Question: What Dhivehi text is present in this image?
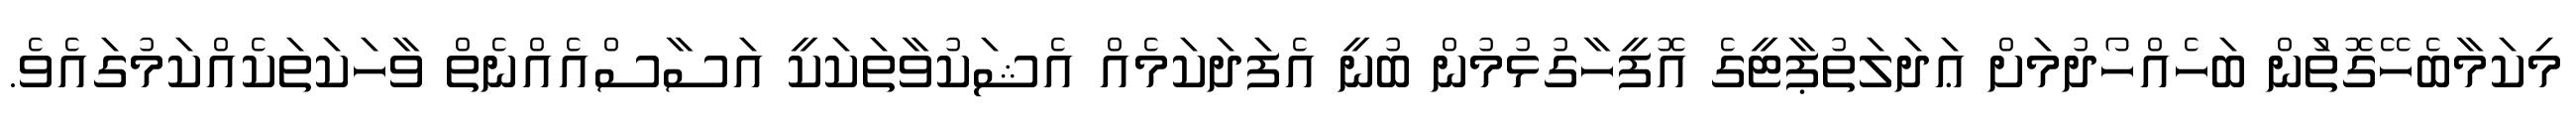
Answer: މިކަމާބެހޭގޮތަުން ބަހެއްހޯދުމަށް ޢަދަލަތުޕާޓީގެ އޮފީހާގުޅުމުން ބުނީ އެފަދަކަމެއް އެޝަކުވާތަކަކީ އަސާސްއެއްނެތް ވާހަކަތަކެއްކަމުގައެވެ.